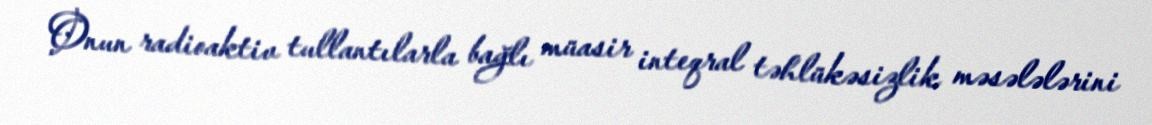
Onun radioaktiv tullantılarla bağlı müasir inteqral təhlükəsizlik məsələlərini